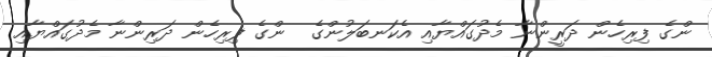
ންގެ ފިރިހެން ދަރީންނާ މެދުގައްޔާއި އެކަނބަލުންގެ  ންގެ ފިރިހެން ދަރިންނާ މެދުގައްޔާއި